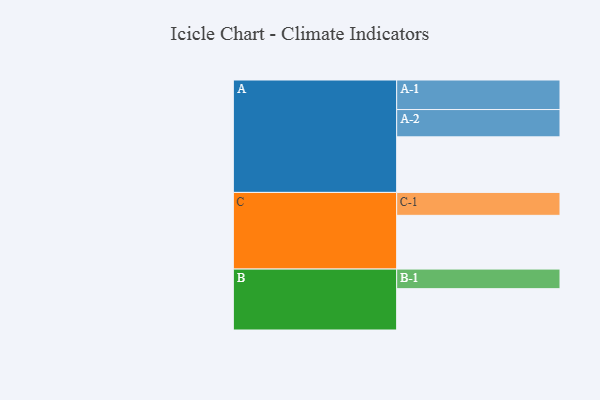
{"axis": {"x": "Segment", "y": "Value"}, "legend": ["", "A", "B", "C"], "data": [{"x": "A", "y": 519, "type": ""}, {"x": "B", "y": 386, "type": ""}, {"x": "C", "y": 502, "type": ""}, {"x": "A-1", "y": 276, "type": "A"}, {"x": "A-2", "y": 255, "type": "A"}, {"x": "B-1", "y": 183, "type": "B"}, {"x": "C-1", "y": 214, "type": "C"}]}